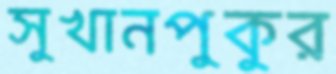
সুখানপুকুর